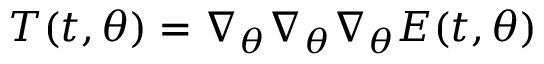
T ( t , { \boldsymbol { \theta } } ) = \nabla _ { \boldsymbol { \theta } } \nabla _ { \boldsymbol { \theta } } \nabla _ { \boldsymbol { \theta } } E ( t , { \boldsymbol { \theta } } )